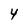
Character: 4